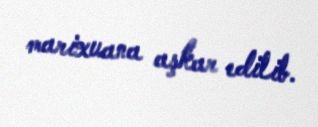
marixuana aşkar edilib.